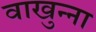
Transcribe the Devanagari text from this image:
वाखुन्ना